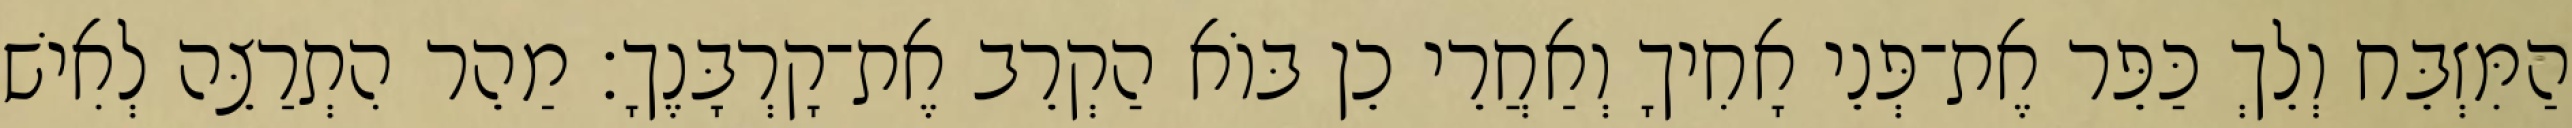
הַמִּזְבֵּח וְלֵךְ כַּפֵּר אֶת־פְּנֵי אָחִיךָ וְאַחֲרֵי כֵן בּוֹא הַקְרֵב אֶת־קָרְבָּנֶךָ׃ מַהֵר הִתְרַצֵּה לְאִישׁ